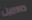
ذاهبين